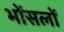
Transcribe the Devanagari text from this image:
भोंसलों